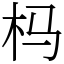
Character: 杩